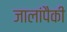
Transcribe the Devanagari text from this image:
जालांपैकी